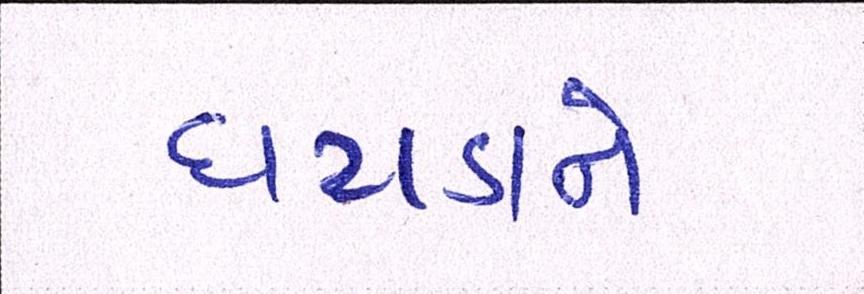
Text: ઘટાડાને